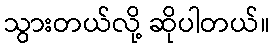
သွားတယ်လို့ ဆိုပါတယ်။